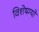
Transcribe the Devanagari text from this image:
विशेषग्यों